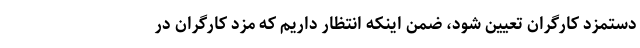
دستمزد کارگران تعیین شود، ضمن اینکه انتظار داریم که مزد کارگران در